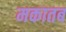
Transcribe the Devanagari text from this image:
मकातब